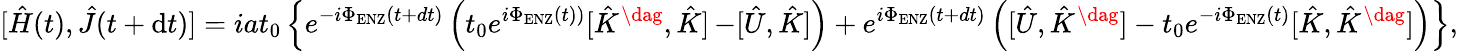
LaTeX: [\hat{H}(t),\hat{J}(t+\mathrm{d}t)]=iat_{0}\left\{ e^{-i\Phi_{\mathrm{ENZ}}(t+dt)}\left(t_{0}e^{i\Phi_{\mathrm{ENZ}}(t))}[\hat{K}^{\dag},\hat{K}]\right.\right.\left.\left.-[\hat{U},\hat{K}]\right)+e^{i\Phi_{\mathrm{ENZ}}(t+dt)}\left([\hat{U},\hat{K}^{\dag}]-t_{0}e^{-i\Phi_{\mathrm{ENZ}}(t)}[\hat{K},\hat{K}^{\dag}]\right)\right\} ,